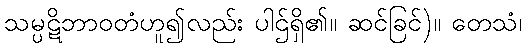
သမ္ပဋိဘာဝတံဟူ၍လည်း ပါဌ်ရှိ၏။ ဆင်ခြင်)။ တေသံ၊